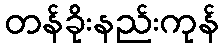
တန်ခိုးနည်းကုန်